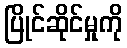
ပြိုင်ဆိုင်မှုကို